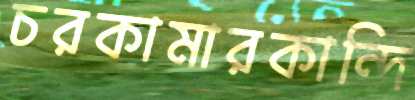
চরকামারকান্দি